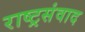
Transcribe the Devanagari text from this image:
राष्ट्रसंवाद